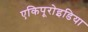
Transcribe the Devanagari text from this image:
एकिपूरोइडिया